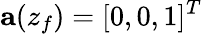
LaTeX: \mathbf{a}(z_{f})=\lbrack 0,0,1\rbrack^{T}